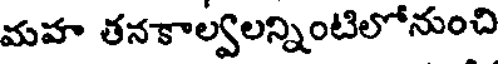
మహ తనకాల్వలన్నింటిలోనుంచి